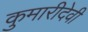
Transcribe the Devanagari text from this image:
कुमारीदेवी